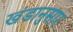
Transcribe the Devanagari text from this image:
खंडानुसार